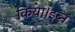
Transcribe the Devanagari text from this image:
किया।इब्न